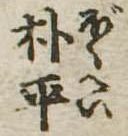
朴平